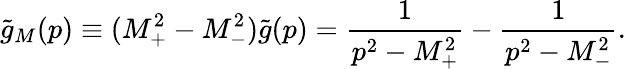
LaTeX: \tilde{g}_{M}(p)\equiv(M_{+}^{2}-M_{-}^{2})\tilde{g}(p)=\frac{1}{p^{2}-M_{+}^{2}}-\frac{1}{p^{2}-M_{-}^{2}}.